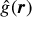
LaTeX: { \hat { g } } ( { \boldsymbol { r } } )